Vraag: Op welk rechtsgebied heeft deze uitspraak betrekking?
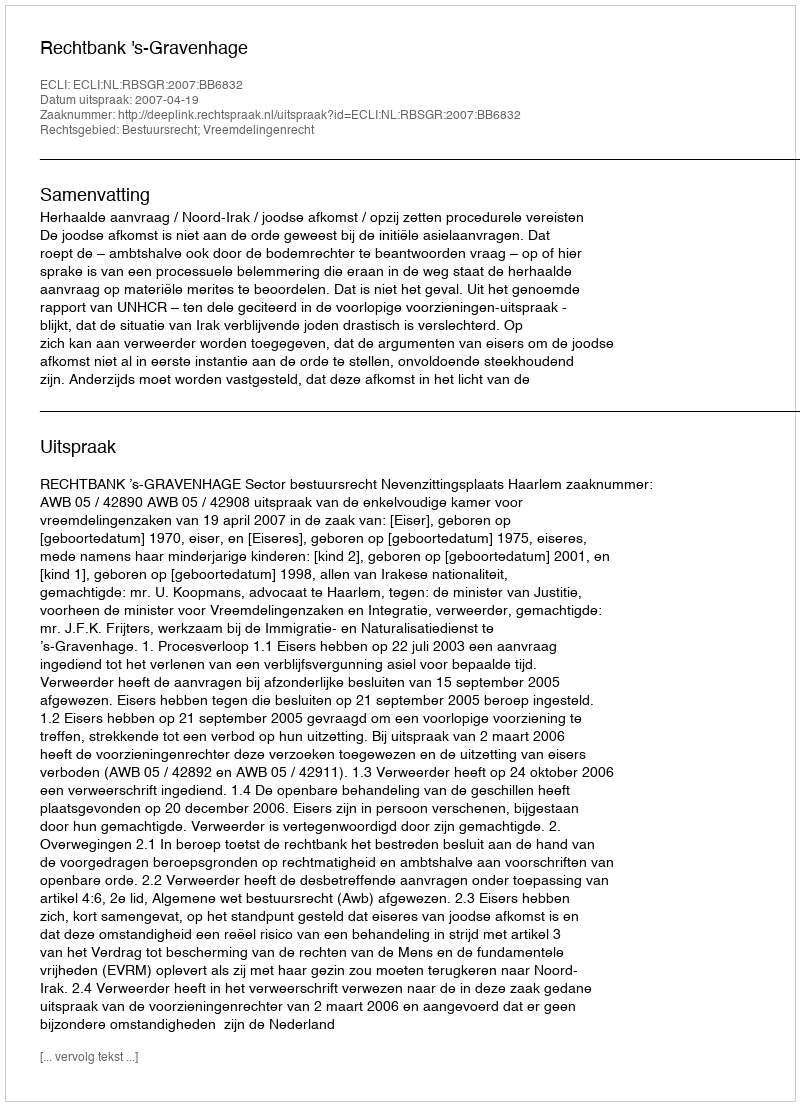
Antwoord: Bestuursrecht; Vreemdelingenrecht